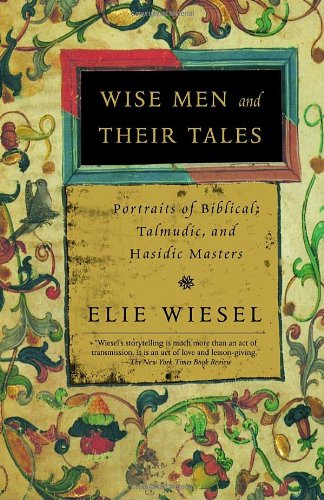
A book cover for Wise Men and Their Tales: Portraits of Biblical, Talmudic, and Hasidic Masters; Elie Wiesel; Religion & Spirituality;